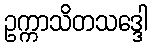
ဥက္ကာသိတသဒ္ဒေါ